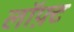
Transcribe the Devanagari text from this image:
लॉफ़्ट